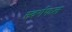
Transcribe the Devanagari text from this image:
स्वर्गफल